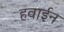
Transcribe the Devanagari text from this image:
हवाईन